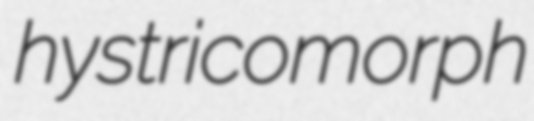
hystricomorph